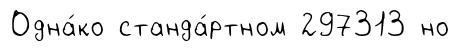
Одна́ко станда́ртном 297313 но